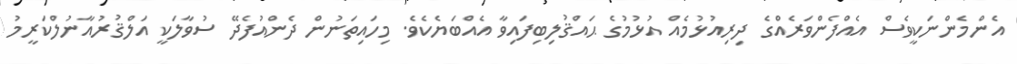
އެންމެންނަކީވެސް އެއްފެންވަރެއްގެ ދިރިއުޅުމެއް އުޅުމުގެ ޙައްޤުލިބިފައިވާ އެއްބަޔެކެވެ. މިހައިތަނުން ދެންއުފެދޭ ސުވާލަކީ އަލްޤުރުއާނުލްކަރީމު